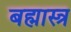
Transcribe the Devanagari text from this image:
बह्मास्त्र